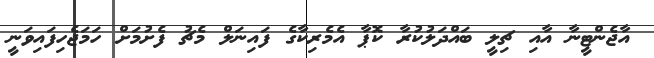
އާޖެންޓީނާ އާއި ޗިލީ ބައްދަލުކުރާ ކޮޕާ އެމެރިކާގެ ފައިނަލް މެޗު ފެށުމަށް ހަމަޖެހިފައިވަނީ